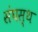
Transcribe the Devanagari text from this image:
संघस्थ